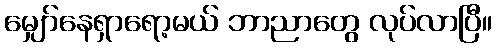
မျှော်နေရှာရော့မယ် ဘာညာတွေ လုပ်လာပြီ။